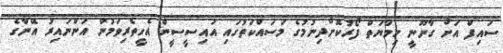
ސައިފް އަށް ގާނޫނީ ހިމާޔަތް ފޯރުކޮށްދިނުމުގެ މަސައްކަތުގައި އައިސީސީން އެހީތެރިވަމުން އަންނައިރު އޭނާގެ